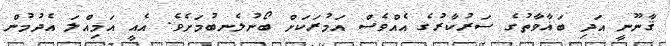
ޤާނޫނީ އަދި ބަޣާވާތުގެ ސަރުކާރުގެ އެއްވެސް އަމުރަކަަށް ބޯނުލެނބުމަށެވެ. އެއީ އަމިއްލަ އެދުމުން